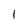
Character: 1